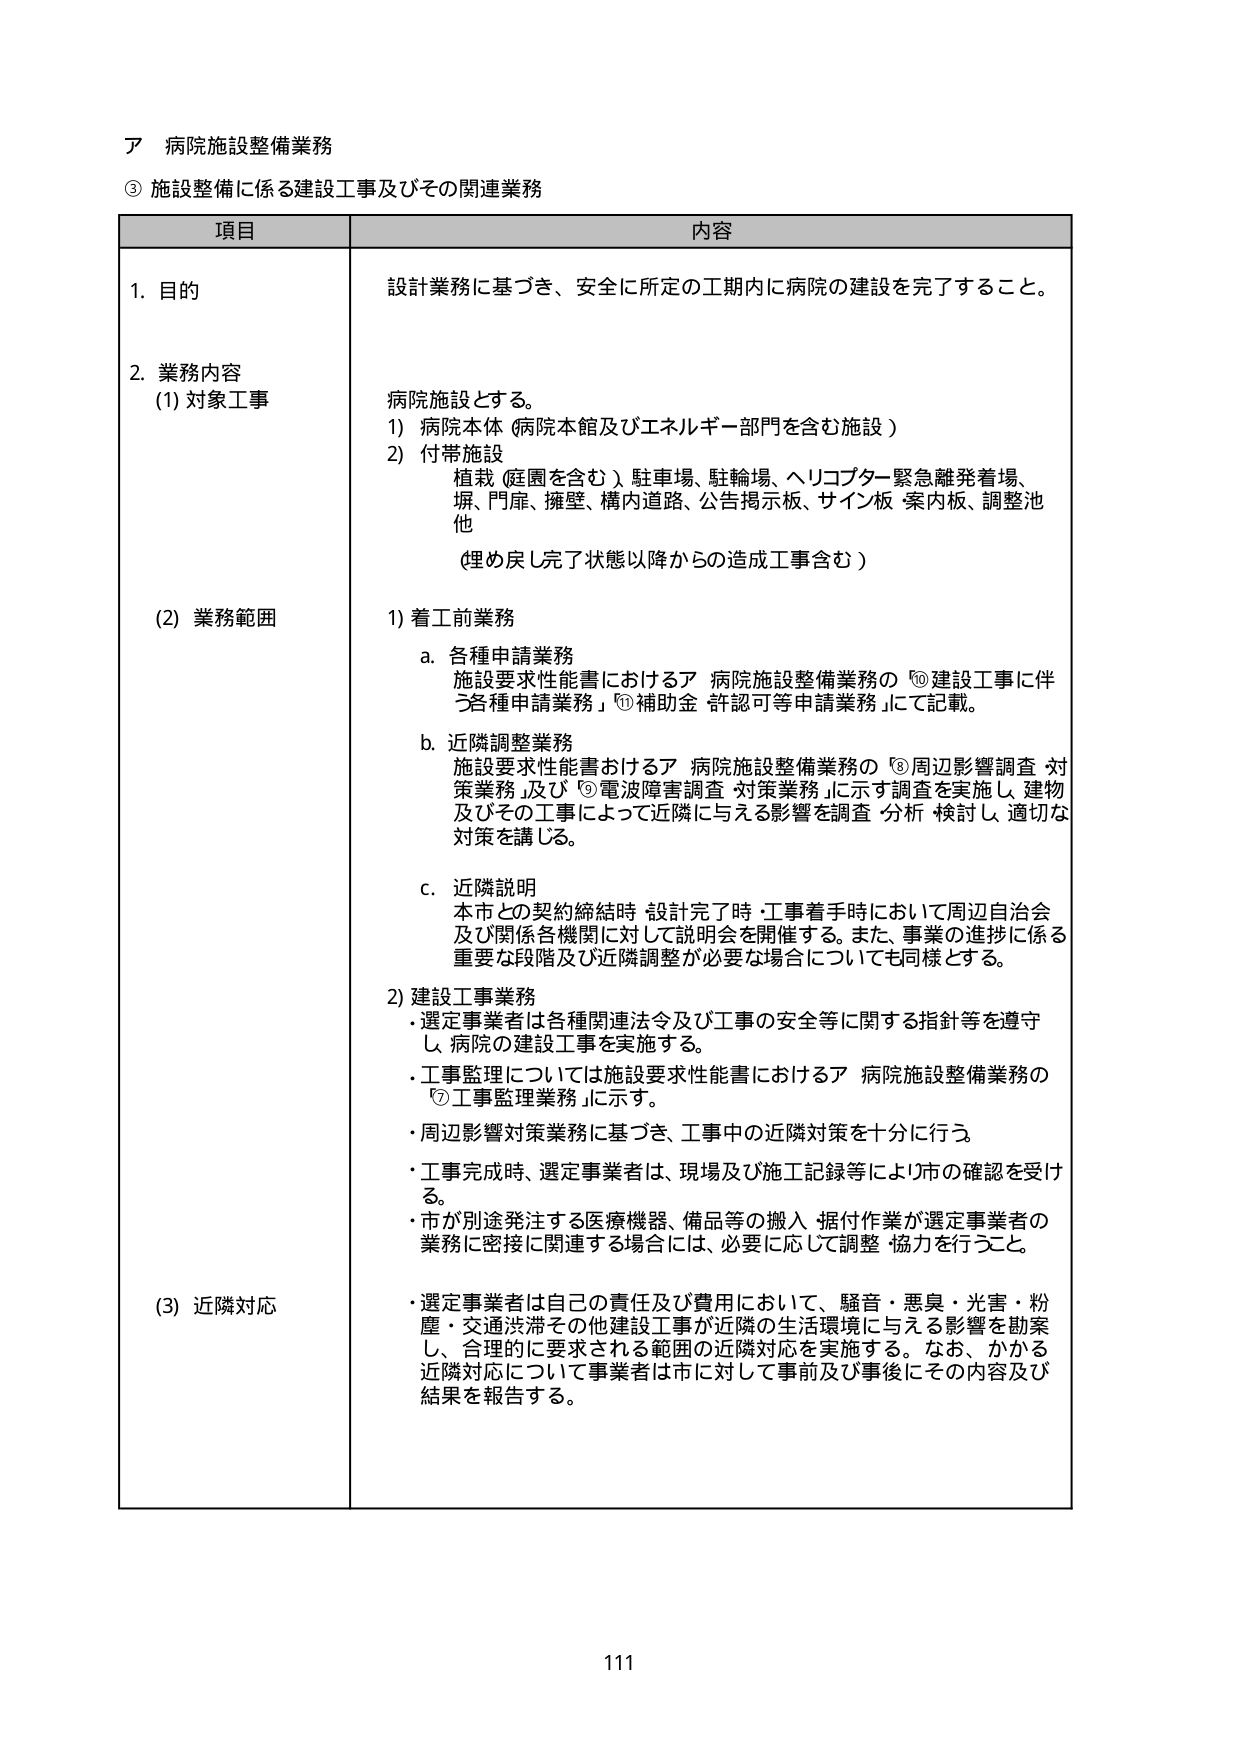
ア 病院施設整備業務
③ 施設整備に係る建設工事及びその関連業務

項目 内容

1. 目的
設計業務に基づき、安全に所定の工期内に病院の建設を完了すること。

2. 業務内容
(1) 対象工事
病院施設とする。
1) 病院本体（病院本館及びエネルギー部門を含む施設）
2) 付帯施設
植栽（庭園を含む）、駐車場、駐輪場、ヘリコプター緊急離発着場、
塀、門扉、擁壁、構内道路、公告掲示板、サイン板、案内板、調整池
他
（埋め戻し完了状態以降からの造成工事含む）

(2) 業務範囲
1) 着工前業務
a. 各種申請業務
施設要求性能書におけるア 病院施設整備業務の⑩建設工事に伴う各種申請業務」⑪補助金許認可等申請業務」にて記載。
b. 近隣調整業務
施設要求性能書おけるア 病院施設整備業務の⑥周辺影響調査対策業務」及び⑨電波障害調査対策業務」に示す調査を実施し、建物及びその工事によって近隣に与える影響を調査・分析・検討し、適切な対策を講じる。
c. 近隣説明
本市との契約締結時、設計完了時、工事着手時において周辺自治会及び関係各機関に対して説明会を開催する。また、事業の進捗に係る重要な段階及び近隣調整が必要な場合についても同様とする。

2) 建設工事業務
・選定事業者は各種関連法令及び工事の安全等に関する指針等を遵守し、病院の建設工事を実施する。
・工事監理については施設要求性能書におけるア 病院施設整備業務の⑦工事監理業務」に示す。
・周辺影響対策業務に基づき、工事中の近隣対策を十分に行う。
・工事完成時、選定事業者は、現場及び施工記録等により市の確認を受ける。
・市が別途発注する医療機器、備品等の搬入・据付作業が選定事業者の業務に密接に関連する場合には、必要に応じて調整・協力を行うこと。

(3) 近隣対応
・選定事業者は自己の責任及び費用において、騒音・悪臭・光害・粉塵・交通渋滞その他建設工事が近隣の生活環境に与える影響を勘案し、合理的に要求される範囲の近隣対応を実施する。なお、かかる近隣対応について事業者は市に対して事前及び事後にその内容及び結果を報告する。

111